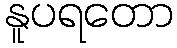
နူပရတော